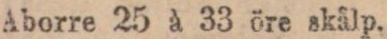
Aborre 25 à 33 öre skålp.